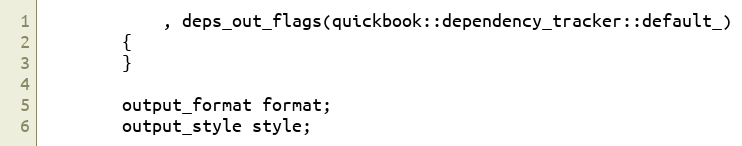
Language: C++
            , deps_out_flags(quickbook::dependency_tracker::default_)
        {
        }

        output_format format;
        output_style style;